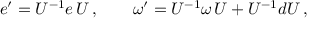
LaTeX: e ^ { \prime } = U ^ { - 1 } e \, U \, , \qquad \omega ^ { \prime } = U ^ { - 1 } \omega \, U + U ^ { - 1 } d U \, ,